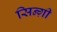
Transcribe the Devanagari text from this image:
सिन्ग़ी